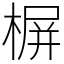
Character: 𣖕